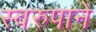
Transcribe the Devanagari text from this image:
स्वरुपाने